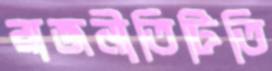
রাজনীতিটিতি